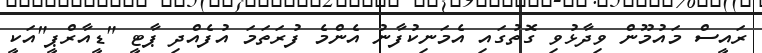
ރައީސް މައުމޫން ވިދާޅުވި ގޮތުގައި އެމަނިކުފާނު އެންމެ ފުރަތަމަ އުފެއްދި ޕާޓީ "ޑީއާރްޕީ"އަކީ